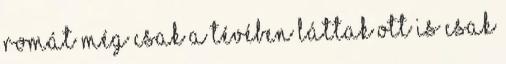
romát még csak a tévében láttak ott is csak